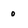
Character: 0